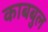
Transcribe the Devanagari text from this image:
काबबुल